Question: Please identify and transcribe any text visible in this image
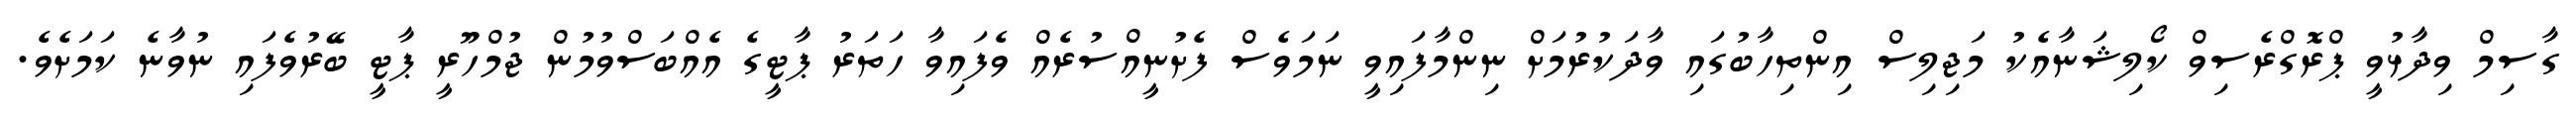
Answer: ގާސިމް ވިދާޅުވީ ޕްރޮގްރެސިވް ކޯލިޝަނާއެކު މަޖިލިސް އިންތިހާބުގައި ވާދަކުރުމަށް ނިންމާފައިވީ ނަމަވެސް ފެށުނީއްސުރެއް ވެފައިވާ ހަތަރު ޕާޓީގެ އެއްބަސްވުމުން ޖުމްހޫރީ ޕާޓީ ބޭރުވެފައި ނުވާނެ ކަމަށެވެ.